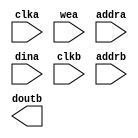
/*******************************************************************************
*     This file is owned and controlled by Xilinx and must be used solely      *
*     for design, simulation, implementation and creation of design files      *
*     limited to Xilinx devices or technologies. Use with non-Xilinx           *
*     devices or technologies is expressly prohibited and immediately          *
*     terminates your license.                                                 *
*                                                                              *
*     XILINX IS PROVIDING THIS DESIGN, CODE, OR INFORMATION "AS IS" SOLELY     *
*     FOR USE IN DEVELOPING PROGRAMS AND SOLUTIONS FOR XILINX DEVICES.  BY     *
*     PROVIDING THIS DESIGN, CODE, OR INFORMATION AS ONE POSSIBLE              *
*     IMPLEMENTATION OF THIS FEATURE, APPLICATION OR STANDARD, XILINX IS       *
*     MAKING NO REPRESENTATION THAT THIS IMPLEMENTATION IS FREE FROM ANY       *
*     CLAIMS OF INFRINGEMENT, AND YOU ARE RESPONSIBLE FOR OBTAINING ANY        *
*     RIGHTS YOU MAY REQUIRE FOR YOUR IMPLEMENTATION.  XILINX EXPRESSLY        *
*     DISCLAIMS ANY WARRANTY WHATSOEVER WITH RESPECT TO THE ADEQUACY OF THE    *
*     IMPLEMENTATION, INCLUDING BUT NOT LIMITED TO ANY WARRANTIES OR           *
*     REPRESENTATIONS THAT THIS IMPLEMENTATION IS FREE FROM CLAIMS OF          *
*     INFRINGEMENT, IMPLIED WARRANTIES OF MERCHANTABILITY AND FITNESS FOR A    *
*     PARTICULAR PURPOSE.                                                      *
*                                                                              *
*     Xilinx products are not intended for use in life support appliances,     *
*     devices, or systems.  Use in such applications are expressly             *
*     prohibited.                                                              *
*                                                                              *
*     (c) Copyright 1995-2012 Xilinx, Inc.                                     *
*     All rights reserved.                                                     *
*******************************************************************************/

/*******************************************************************************
*     Generated from core with identifier: xilinx.com:ip:blk_mem_gen:7.2       *
*                                                                              *
*     The Xilinx LogiCORE IP Block Memory Generator replaces the Dual Port     *
*     Block Memory and Single Port Block Memory LogiCOREs, but is not a        *
*     direct drop-in replacement.  It should be used in all new Xilinx         *
*     designs. The core supports RAM and ROM functions over a wide range of    *
*     widths and depths. Use this core to generate block memories with         *
*     symmetric or asymmetric read and write port widths, as well as cores     *
*     which can perform simultaneous write operations to separate              *
*     locations, and simultaneous read operations from the same location.      *
*     For more information on differences in interface and feature support     *
*     between this core and the Dual Port Block Memory and Single Port         *
*     Block Memory LogiCOREs, please consult the data sheet.                   *
*******************************************************************************/
// Synthesized Netlist Wrapper
// This file is provided to wrap around the synthesized netlist (if appropriate)

// Interfaces:
//    CLK.ACLK
//        AXI4 Interconnect Clock Input
//    RST.ARESETN
//        AXI4 Interconnect Reset Input
//    AXI_SLAVE_S_AXI
//        AXI_SLAVE
//    AXILite_SLAVE_S_AXI
//        AXILite_SLAVE
//    BRAM_PORTA
//        BRAM_PORTA
//    BRAM_PORTB
//        BRAM_PORTB

module sdpram_w44d1024 (
  clka,
  wea,
  addra,
  dina,
  clkb,
  addrb,
  doutb
);

  input clka;
  input [0 : 0] wea;
  input [9 : 0] addra;
  input [43 : 0] dina;
  input clkb;
  input [9 : 0] addrb;
  output [43 : 0] doutb;

  // WARNING: This file provides a module declaration only, it does not support
  //          direct instantiation. Please use an instantiation template (VEO) to
  //          instantiate the IP within a design.

endmodule